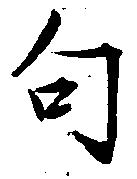
句